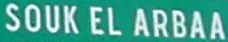
SOUK EL ARBAA